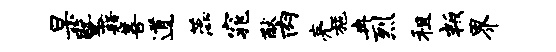
杲暨藉善道蕊窕猷肉亮施冉烈租叛界